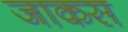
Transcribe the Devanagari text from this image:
जाकस